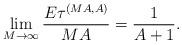
LaTeX: \begin{align*}\lim_{M\to\infty}\frac{E\tau^{(MA,A)}}{MA}=\frac1{A+1}.\end{align*}